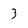
Character: 3